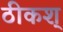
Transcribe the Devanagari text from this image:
ठीकश्